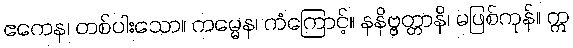
ဧကေန၊ တစ်ပါးသော။ ကမ္မေန၊ ကံကြောင့်။ နနိဗ္ဗတ္တာနိ၊ မဖြစ်ကုန်။ ဣ